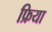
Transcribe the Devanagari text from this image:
फ्रिया